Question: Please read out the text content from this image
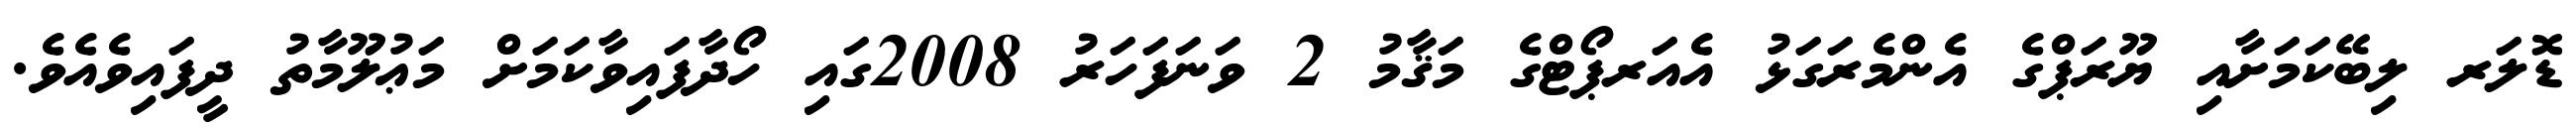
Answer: ޑޮލަރ ލިބޭކަމަށާއި ޔޫރަޕްގެ އެންމެރަގަޅު އެއަރޕޯޓްގެ މަޤާމު 2 ވަނަފަހަރު 2008ގައި ހޯދާފައިވާކަމަށް މަޢުލޫމާތު ދީފައިވެއެވެ.